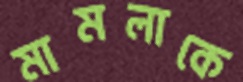
মামলাকে